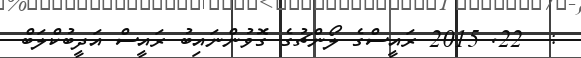
:  22